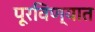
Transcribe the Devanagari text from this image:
पूरविण्यात